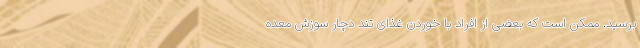
برسید. ممکن است که بعضی از افراد با خوردن غذای تند دچار سوزش معده